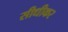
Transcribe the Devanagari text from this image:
सीधीकर